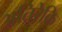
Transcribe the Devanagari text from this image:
अतिरेकि